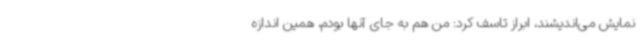
نمایش می‌اندیشند، ابراز تاسف کرد: من هم به جای آنها بودم، همین اندازه